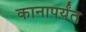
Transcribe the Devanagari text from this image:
कानापर्यंत